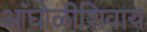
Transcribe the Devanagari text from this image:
आंघोळीशिवाय